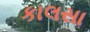
કાલસા